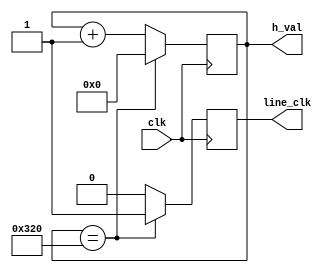
`timescale 1ns / 1ns
//////////////////////////////////////////////////////////////////////////////////
// Company: Computer Engineering Department, Chulalongkorn University
// 
// Design Name: 
// Module Name: hsync
// Project Name: 
// Target Devices: 
// Tool Versions: 
// Description: 
// 
// Dependencies: 
// 
// Revision:
// Revision 0.01 - File Created
// Additional Comments:
// 
//////////////////////////////////////////////////////////////////////////////////


module hsync(
    input clk,
    output reg line_clk = 0,
    output reg [15:0] h_val = 0
    );
    
    always @(posedge clk)
    begin
        if (h_val == 800) begin h_val = 0; line_clk = 1; end
        else begin h_val = h_val + 1; line_clk = 0; end
    end
endmodule